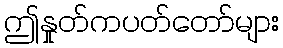
ဤနှုတ်ကပတ်တော်များ